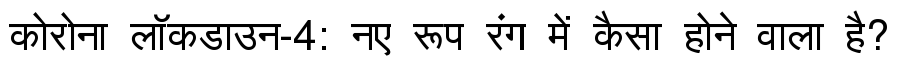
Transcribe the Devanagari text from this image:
कोरोना लॉकडाउन-4: नए रूप रंग में कैसा होने वाला है?